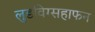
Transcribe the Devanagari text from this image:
लुडविग्सहाफन